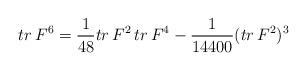
LaTeX: \begin{align*}tr\,F^{6}=\frac{1}{48}tr\,F^{2}\,tr\,F^{4}-\frac{1}{14400}(tr\,F^{2})^{3}\end{align*}